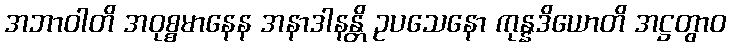
အဘာဝါတိ အဝုစ္စမာနေန အနာဒါနန္တိ ဥပသေနော ကုန္နဒိယောတိ အဋ္ဌတွာဝ